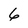
Character: 6